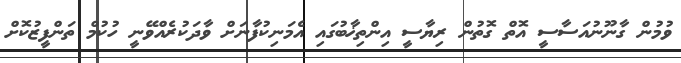
ވުމުން ގާނޫނުއަސާސީ އޮތް ގޮތުން ރިޔާސީ އިންތިޚާބުގައި އެމަނިކުފާނަށް ވާދަކުރެއްވޭނީ ހުކުމް ތަންފީޒުކޮށް